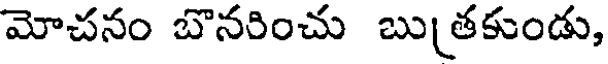
మోచనం బొనరించు బుతకుండు,